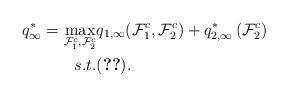
LaTeX: \begin{align*}q_{\infty}^*=\max_{\mathcal F_1^c, \mathcal F_2^c} &q_{1,\infty}(\mathcal F_1^c, \mathcal F_2^c)+q_{2,\infty}^*\left(\mathcal F_2^c\right)\\s.t. & \eqref{eqn:cache-constr}.\end{align*}